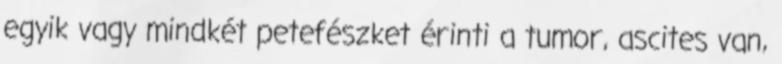
egyik vagy mindkét petefészket érinti a tumor, ascites van,